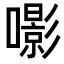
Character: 𡂵